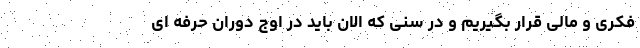
فکری و مالی قرار بگیریم و در سنی که الان باید در اوج دوران حرفه ای